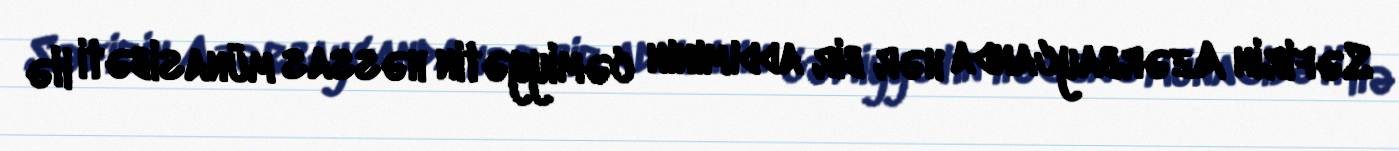
Səfirin Azərbaycanda hər bir addımının cəmiyyətin həssas münasibəti ilə